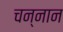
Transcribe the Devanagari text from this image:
चन्नान